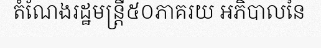
តំណែងរដ្ឋមន្ត្រី៥០ភាគរយ អភិបាលនៃ